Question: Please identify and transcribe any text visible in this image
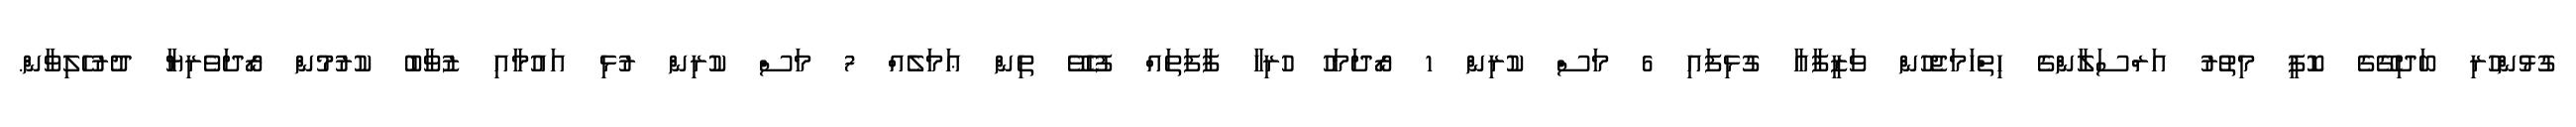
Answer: ގުޅުންހުރި ބަދިގޭގެ ކޮފީ މިތުރު އަރްސަލާންގެ ހިތްހަމަޖެހުން ވަޒީފާއާ ގުޅިފައި 6 މަސް ކުރިން 1 ރޯދަމަހު ހުރިހާ ފާފަތައް ފުހެވޭ ތިން ޢަމަލެއް 7 މަސް ކުރިން ރުޅި އައުމާއި ޒުވާބު ކުރުމުން ރޯދަވެރިޔާ ދުރުހެލިވާން.